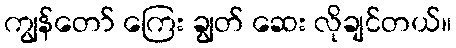
ကျွန်တော် ကြေး ချွတ် ဆေး လိုချင်တယ်။